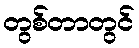
တွစ်တာတွင်